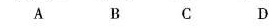
A B C D